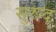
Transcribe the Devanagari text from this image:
सुरूद